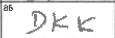
Transcription: DKK